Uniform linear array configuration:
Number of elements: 16
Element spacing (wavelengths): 0.25
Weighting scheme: hann
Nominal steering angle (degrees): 45
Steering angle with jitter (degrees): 46.719
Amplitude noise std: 0.05
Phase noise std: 0.05

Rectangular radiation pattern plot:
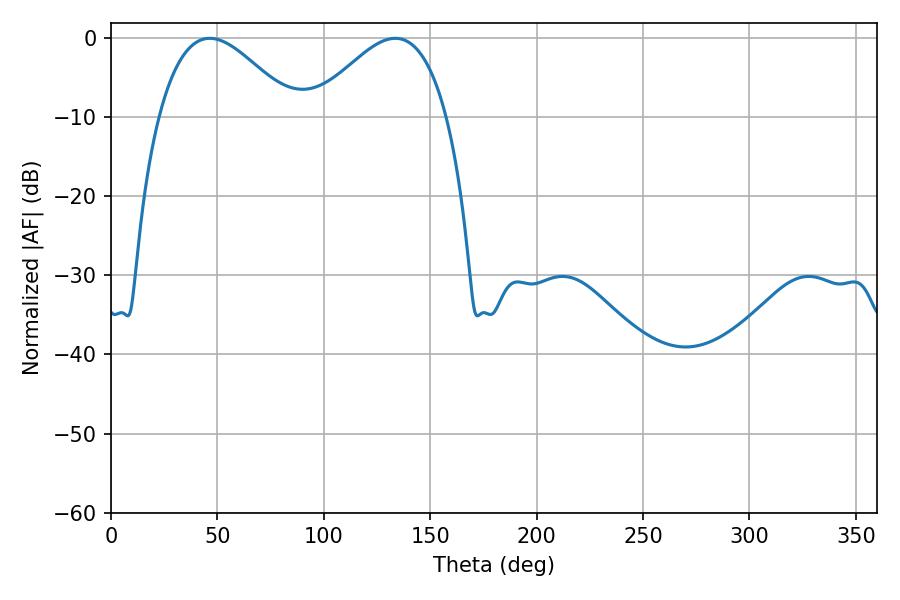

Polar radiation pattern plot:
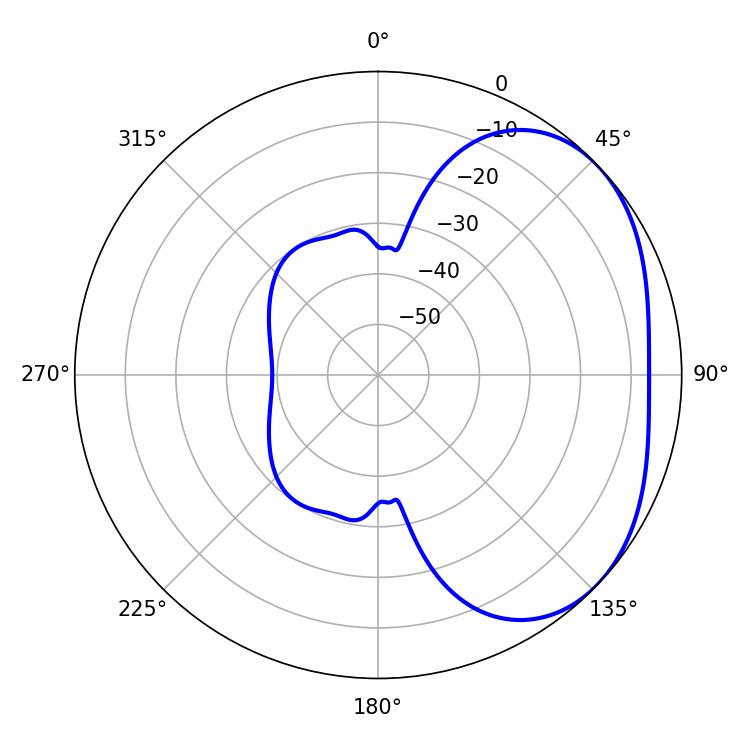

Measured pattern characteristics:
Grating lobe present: FALSE
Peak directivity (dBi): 2.971
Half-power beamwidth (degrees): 34.38
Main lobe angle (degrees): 46.44